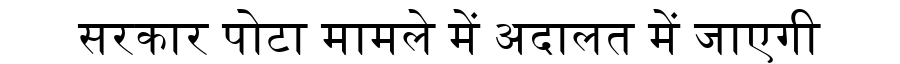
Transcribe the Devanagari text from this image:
सरकार पोटा मामले में अदालत में जाएगी